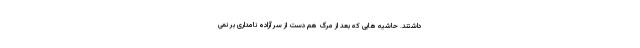
داشتند. حاشیه هایی که بعد از مرگ هم دست از سر آزاده نامداری بر نمی